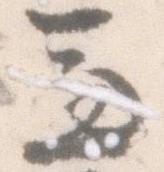
兼